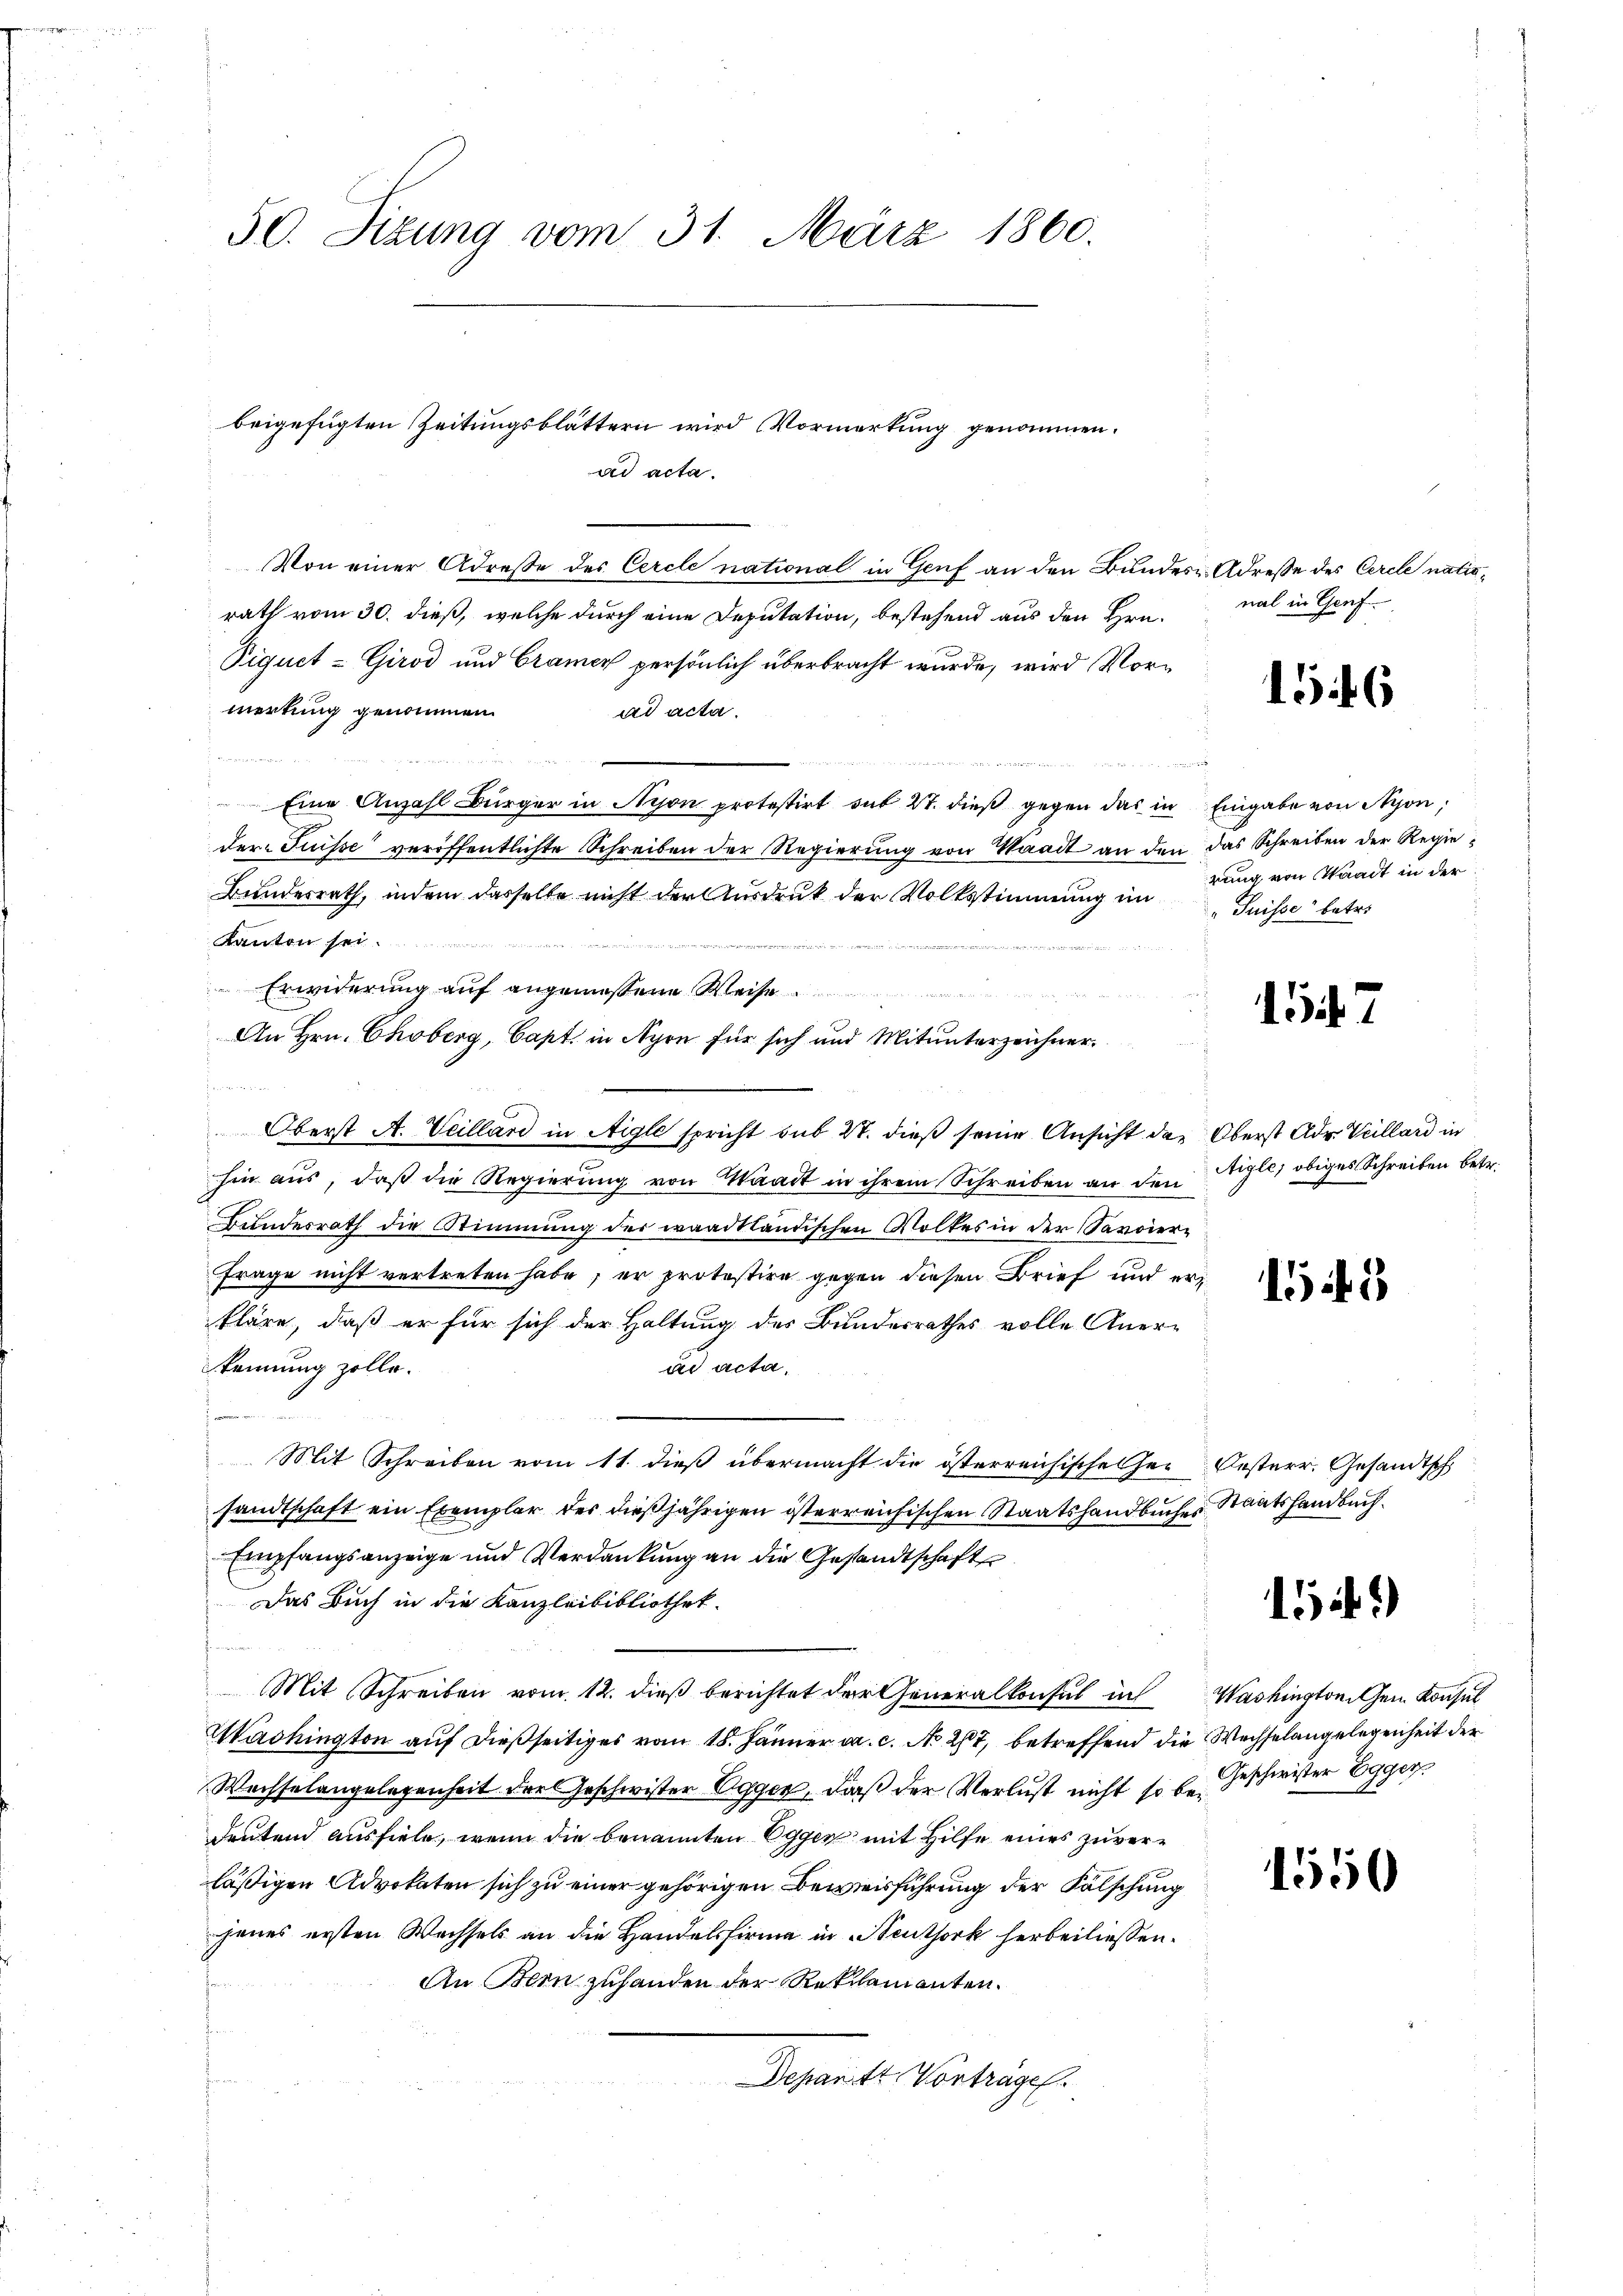
50. Sizung vom 31. März 1860.

Von einer Adresse des Cercle national in Genf an den Bundes Adresse des Cercle natiorath vom 30. dieß, welche durch eine Deputation, bestehend aus den Hrn.
Piquct-Girod und Cramer persönlich überbracht wurde, wird Vormerkung genommen.
ad acta.
B
.
Eine Anzahl Bürger in Nyon protestirt sub 27. dieß gegen das in Eingabe von Nyon,
der Fusse veröffentlichte Schreiben der Regierung von Waadt an den das Schreiben der Regie¬
Bundesrath, indem dasselbe nicht der Ausdruck der Volksstimmung im Suisse betre
Kanton sei.
 den
2
Erwiderung auf angemessene Weise
An Hrn. Choberg, Capt. in Nyon für sich und Mitunterzeichner¬
Oberst A. Veillard in Aigle spricht sub 27. dieß seine Ansicht der Oberst Adr. Veillard in
hin aus, daß die Regierung von Waadt in ihrem Schreiben an den
Bundesrath die Stimmung der waadtländischen Volkes in der Savoier¬
Frage nicht vertreten habe; er protestire gegen diesen Brief und erkläre, daß er für sich der Haltung des Bundesrathes volle Anerkennung zolle.
ad acta,
e
Mit Schreiben vom 11. dieß übermacht die österreichisches Her
sandtschaft ein Exemplar der dießjährigen österreichischen Staatshandbuches Staatshandbuch.
Empfangsanzeige und Verdankung an die Gesandtschaft
Das Buch in die Kanzleibibliothek.
fü
Mit Schreiben vom 12. dieß berichtet der Generalkonsul in
Washington auf dießseitiges vom 18. Jänner ca. c. No. 267, betreffend die Wechselangelegenheit der
Wachselangelegenheit der Geschwister Egger, daß der Verlust nicht so be Geschwister Egger
deutend ausfiele, wenn die benannten Eggen mit Hilfe eines zuverläßigen Advokaten sich zu einer gehörigen Beweisführung der Fälschung
jenes ersten Wachsels an die Handelsfirma in teuthork herbei liessen.
An Bern zuhanden der Reklamanten.
Departe Vorträge.

beigefügten Zeitungsblättern wird Vormerkung genommen.
ad acta.

nal in Genf

1546

rung von Staat in der

ö 7

Aigle, obiges Schreiben betr.

153

Oesterr. Gesandtsch

151)

Washington Gen. Konsul

1550